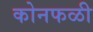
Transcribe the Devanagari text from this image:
कोनफळी